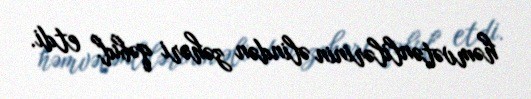
həmvətənlilərinin əlindən zəhəri qəbul etdi.